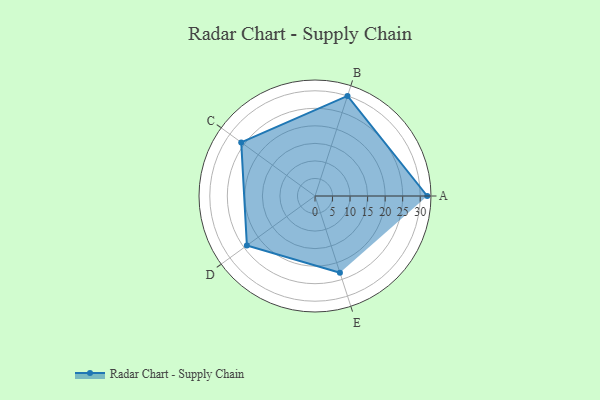
{"axis": {"x": "Skill", "y": "Score"}, "legend": ["Profile"], "data": [{"x": "A", "y": 32.0, "type": "Profile"}, {"x": "B", "y": 30.0, "type": "Profile"}, {"x": "C", "y": 26.0, "type": "Profile"}, {"x": "D", "y": 24.0, "type": "Profile"}, {"x": "E", "y": 23.0, "type": "Profile"}]}